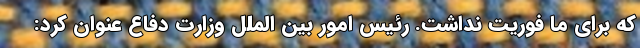
که برای ما فوریت نداشت. رئیس امور بین الملل وزارت دفاع عنوان کرد: